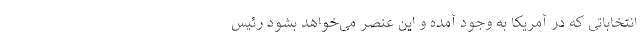
انتخاباتی که در آمریکا به وجود آمده و این عنصر می‌خواهد بشود رئیس